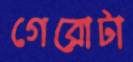
গেরোটা